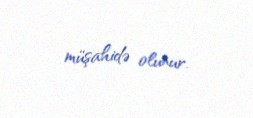
müşahidə olunur.